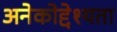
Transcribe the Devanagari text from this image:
अनेकोद्देश्यता